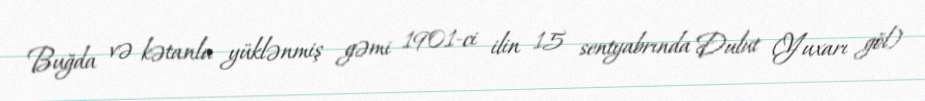
Buğda və kətanla yüklənmiş gəmi 1901-ci ilin 15 sentyabrında Dulut (Yuxarı göl)